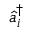
\hat { a } _ { i } ^ { \dagger }